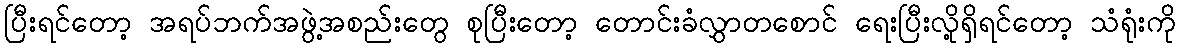
ပြီးရင်တော့ အရပ်ဘက်အဖွဲ့အစည်းတွေ စုပြီးတော့ တောင်းခံလွှာတစောင် ရေးပြီးလို့ရှိရင်တော့ သံရုံးကို